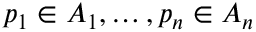
p _ { 1 } \in A _ { 1 } , \ldots , p _ { n } \in A _ { n }